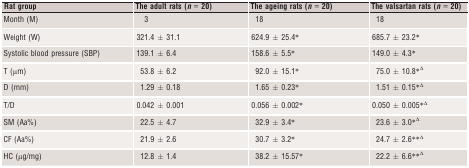
<table><thead><tr><td><b>Rat group</b></td><td><b>The adult rats (<i>n</i> = 20)</b></td><td><b>The ageing rats (<i>n</i> = 20)</b></td><td><b>The valsartan rats (<i>n</i> = 20)</b></td></tr></thead><tbody><tr><td>Month (M)</td><td>3</td><td>18</td><td>18</td></tr><tr><td>Weight (W)</td><td>321.4 ± 31.1</td><td>624.9 ± 25.4*</td><td>685.7 ± 23.2*</td></tr><tr><td>Systolic blood pressure (SBP)</td><td>139.1 ± 6.4</td><td>158.6 ± 5.5*</td><td>149.0 ± 4.3*</td></tr><tr><td>T (μm)</td><td>53.8 ± 6.2</td><td>92.0 ± 15.1*</td><td>75.0 ± 10.8*Δ</td></tr><tr><td>D (mm)</td><td>1.29 ± 0.18</td><td>1.65 ± 0.23*</td><td>1.51 ± 0.15*Δ</td></tr><tr><td>T/D</td><td>0.042 ± 0.001</td><td>0.056 ± 0.002*</td><td>0.050 ± 0.005*Δ</td></tr><tr><td>SM (Aa%)</td><td>22.5 ± 4.7</td><td>32.9 ± 3.4*</td><td>23.6 ± 3.0*Δ</td></tr><tr><td>CF (Aa%)</td><td>21.9 ± 2.6</td><td>30.7 ± 3.2*</td><td>24.7 ± 2.6**Δ</td></tr><tr><td>HC (μg/mg)</td><td>12.8 ± 1.4</td><td>38.2 ± 15.57*</td><td>22.2 ± 6.6**Δ</td></tr></tbody></table>